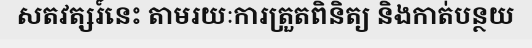
សតវត្សរ៍នេះ តាមរយៈការត្រួតពិនិត្យ និងកាត់បន្ថយ